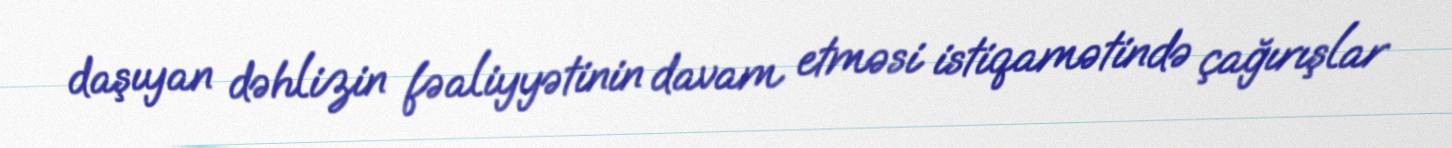
daşıyan dəhlizin fəaliyyətinin davam etməsi istiqamətində çağırışlar